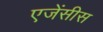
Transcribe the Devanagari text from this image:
एजेंसीस